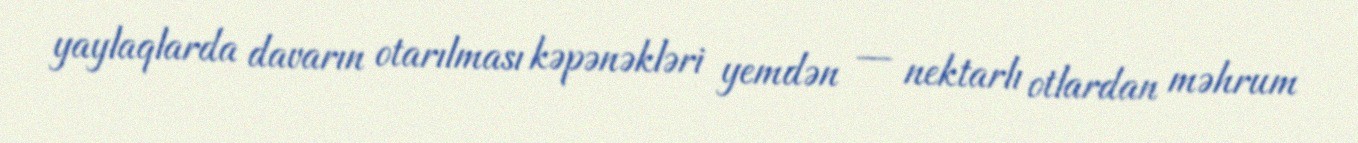
yaylaqlarda davarın otarılması kəpənəkləri yemdən — nektarlı otlardan məhrum